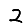
Digit: 2